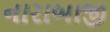
નારાબાજી